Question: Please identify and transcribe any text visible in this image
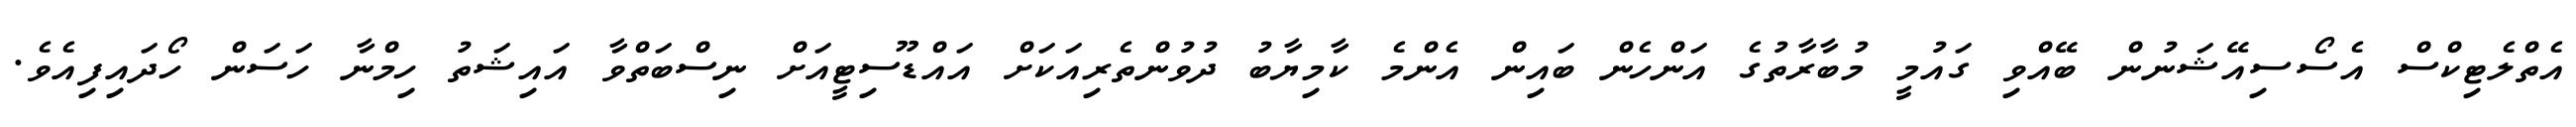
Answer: އެތްލެޓިކްސް އެސޯސިއޭޝަނުން ބޭއްވި ގައުމީ މުބާރާތުގެ އަންހެން ބައިން އެންމެ ކާމިޔާބު ދުވުންތެރިއަކަށް އައްޑޫސިޓީއަށް ނިސްބަތްވާ އައިޝަތު ހިމްނާ ހަސަން ހޯދައިފިއެވެ.